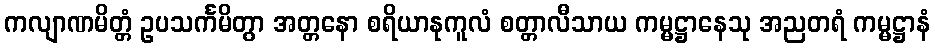
ကလျာဏမိတ္တံ ဥပသင်္ကမိတွာ အတ္တနော စရိယာနုကူလံ စတ္တာလီသာယ ကမ္မဋ္ဌာနေသု အညတရံ ကမ္မဋ္ဌာနံ